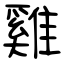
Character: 雞